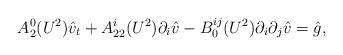
LaTeX: \begin{align*}A_{2}^{0}(U^{2})\hat{v}_{t}+A_{22}^{i}(U^{2})\partial_{i}\hat{v}-B_{0}^{ij}(U^{2})\partial_{i}\partial_{j}\hat{v}=\hat{g},\end{align*}